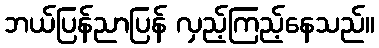
ဘယ်ပြန်ညာပြန် လှည့်ကြည့်နေသည်။